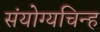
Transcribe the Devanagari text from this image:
संयोग्यचिन्ह